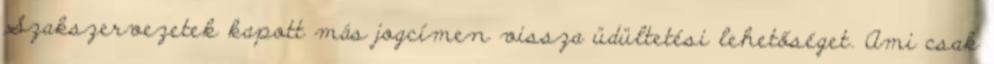
Szakszervezetek kapott más jogcímen vissza üdültetési lehetőséget. Ami csak